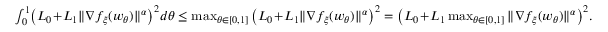
\begin{array} { r } { \int _ { 0 } ^ { 1 } \! \big ( L _ { 0 } \! + \! L _ { 1 } \| \nabla f _ { \xi } ( w _ { \theta } ) \| ^ { \alpha } \big ) ^ { 2 } d \theta \le \operatorname* { m a x } _ { \theta \in [ 0 , 1 ] } \big ( L _ { 0 } \! + \! L _ { 1 } \| \nabla f _ { \xi } ( w _ { \theta } ) \| ^ { \alpha } \big ) ^ { 2 } = \big ( L _ { 0 } \! + \! L _ { 1 } \operatorname* { m a x } _ { \theta \in [ 0 , 1 ] } \| \nabla f _ { \xi } ( w _ { \theta } ) \| ^ { \alpha } \big ) ^ { 2 } . } \end{array}